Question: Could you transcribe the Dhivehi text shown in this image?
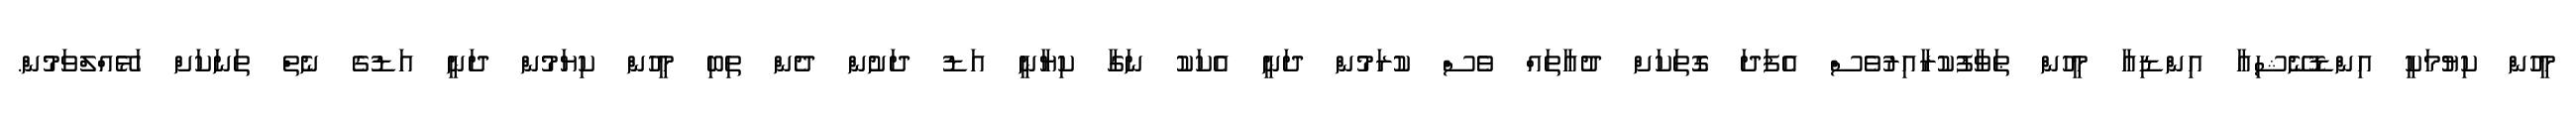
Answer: މީހުން ކިޔުމަކީ އިންޑޮނޭޝިއާ އިންޑިއާ މީހުން ޠަވާފުކުރާއިރުވެސް އެފަދަ ގޮތަކަށް ދުޢާތައް ވެސް ކުރަމުން ދަނީ އެކަކު ނަގާ ކިޔާނީ އަޑު ދަށުން ދެން ތިބި މީހުން ކިޔަމުން ދަނީ އަޑުގެ ނެތް ތަނަކަށް ހަޅޭއްލްވަމުން.